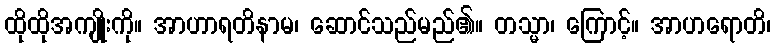
ထိုထိုအကျိုးကို။ အာဟာရတိနာမ၊ ဆောင်သည်မည်၏။ တသ္မာ၊ ကြောင့်။ အာဟရောတိ၊